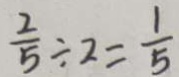
\frac { 2 } { 5 } \div 2 = \frac { 1 } { 5 }